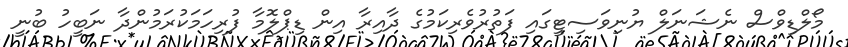
މޯލްޑިވްސް ނެޝަނަލް ޔުނިވަސިޓީގައި ފަތުރުވެރިކަމުގެ ދާއިރާ އިން ޑިޕްލޮމާ ފުރިހަމަކުރަމުންދާ ނަބީހު ބުނީ